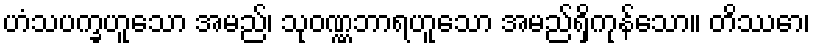
ဟံသပက္ခဟူသော အမည်၊ သုဝဏ္ဏဘာရဟူသော အမည်ရှိကုန်သော။ တိဿော၊